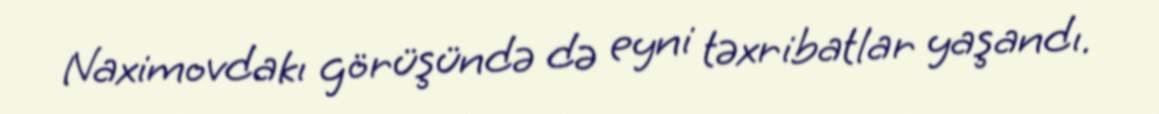
Naximovdakı görüşündə də eyni təxribatlar yaşandı.